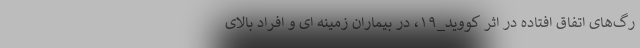
رگ‌های اتفاق افتاده در اثر کووید_۱۹، در بیماران زمینه ای و افراد بالای